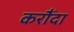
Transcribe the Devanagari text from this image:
करौँदा